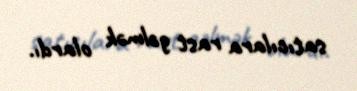
satıcılara rast gəlmək olardı.